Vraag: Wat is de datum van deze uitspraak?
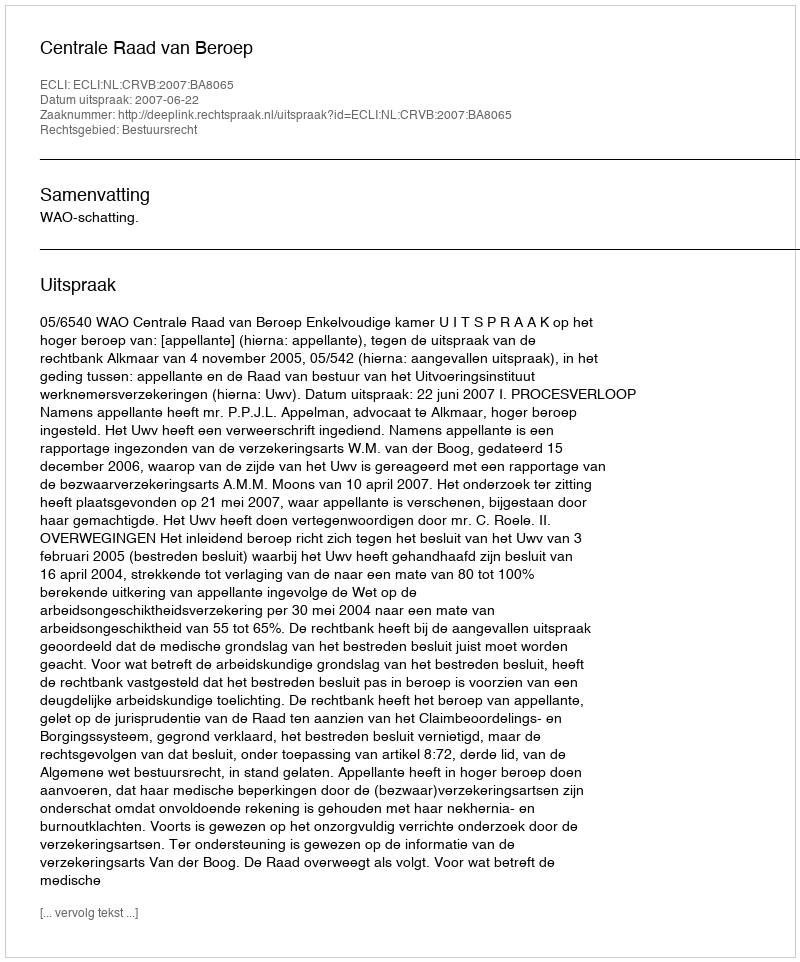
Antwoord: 2007-06-22